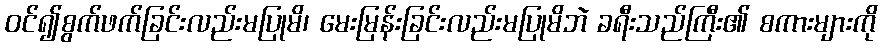
ဝင်၍စွက်ဖက်ခြင်းလည်းမပြုမိ၊ မေးမြန်းခြင်းလည်းမပြုမိဘဲ ခရီးသည်ကြီး၏ စကားများကို